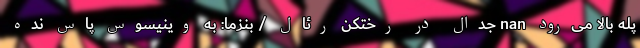
پله بالا می‌رود nan جدال در رختکن رئال / بنزما: به وینیسوس پاس نده